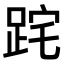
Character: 𨀸